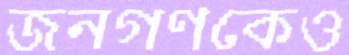
জনগণকেও